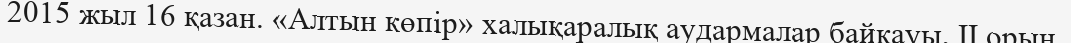
2015 жыл 16 қазан. «Алтын көпір» халықаралық аудармалар байқауы, II орын.